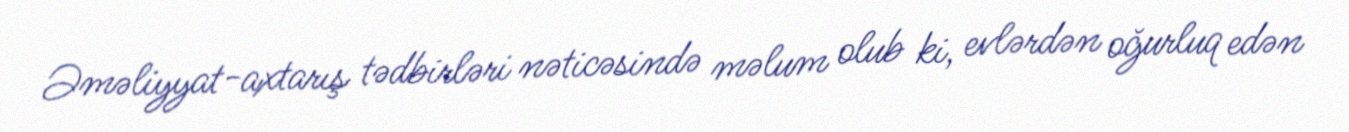
Əməliyyat-axtarış tədbirləri nəticəsində məlum olub ki, evlərdən oğurluq edən